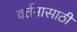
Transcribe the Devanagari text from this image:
वर्तनासाठी